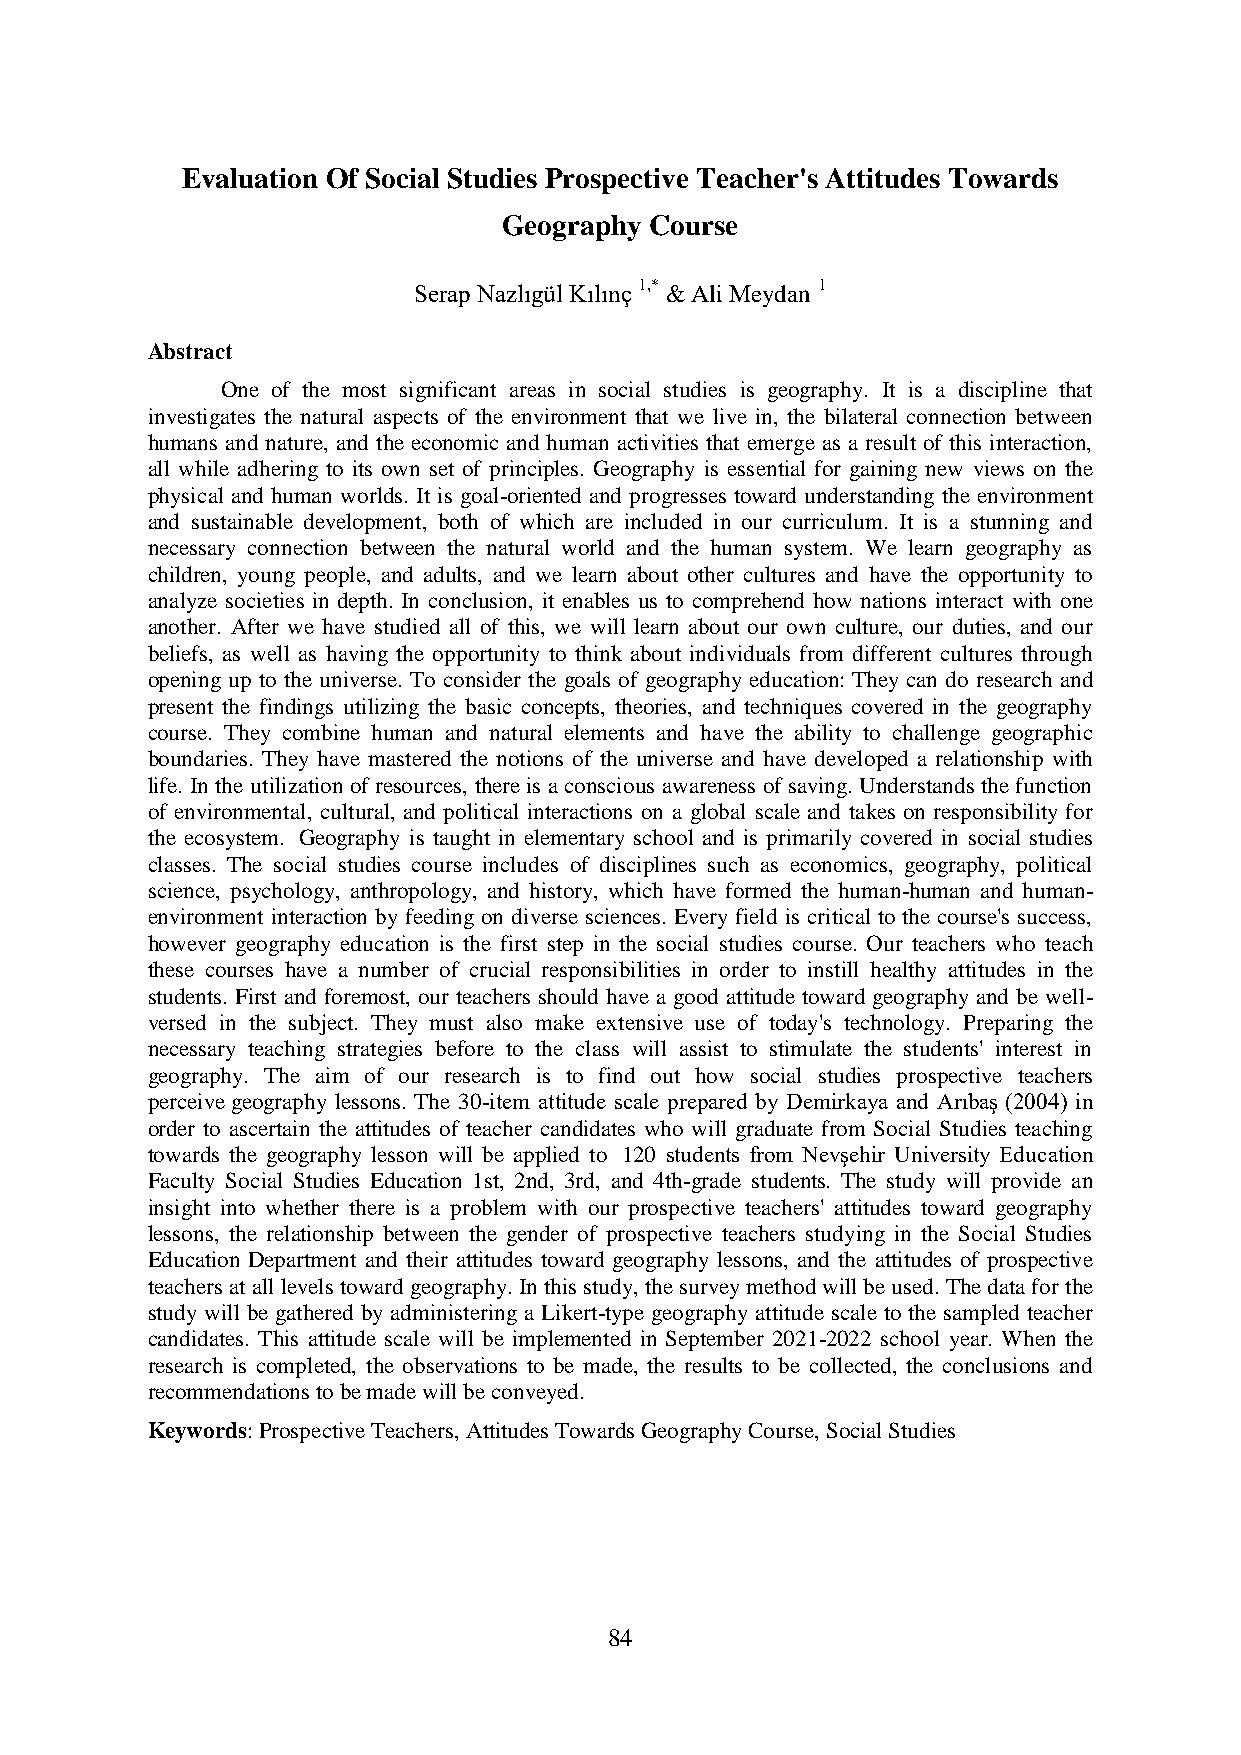
Evaluation Of Social Studies Prospective Teacher's Attitudes Towards
 Geography Course
 Serap Nazlıgül Kılınç 1,* & Ali Meydan 1
 Abstract
 One of the most significant areas in social studies is geography. It is a discipline that
 investigates the natural aspects of the environment that we live in, the bilateral connection between
 humans and nature, and the economic and human activities that emerge as a result of this interaction,
 all while adhering to its own set of principles. Geography is essential for gaining new views on the
 physical and human worlds. It is goal-oriented and progresses toward understanding the environment
 and sustainable development, both of which are included in our curriculum. It is a stunning and
 necessary connection between the natural world and the human system. We learn geography as
 children, young people, and adults, and we learn about other cultures and have the opportunity to
 analyze societies in depth. In conclusion, it enables us to comprehend how nations interact with one
 another. After we have studied all of this, we will learn about our own culture, our duties, and our
 beliefs, as well as having the opportunity to think about individuals from different cultures through
 opening up to the universe. To consider the goals of geography education: They can do research and
 present the findings utilizing the basic concepts, theories, and techniques covered in the geography
 course. They combine human and natural elements and have the ability to challenge geographic
 boundaries. They have mastered the notions of the universe and have developed a relationship with
 life. In the utilization of resources, there is a conscious awareness of saving. Understands the function
 of environmental, cultural, and political interactions on a global scale and takes on responsibility for
 the ecosystem. Geography is taught in elementary school and is primarily covered in social studies
 classes. The social studies course includes of disciplines such as economics, geography, political
 science, psychology, anthropology, and history, which have formed the human-human and human-
 environment interaction by feeding on diverse sciences. Every field is critical to the course's success,
 however geography education is the first step in the social studies course. Our teachers who teach
 these courses have a number of crucial responsibilities in order to instill healthy attitudes in the
 students. First and foremost, our teachers should have a good attitude toward geography and be well-
 versed in the subject. They must also make extensive use of today's technology. Preparing the
 necessary teaching strategies before to the class will assist to stimulate the students' interest in
 geography. The aim of our research is to find out how social studies prospective teachers
 perceive geography lessons. The 30-item attitude scale prepared by Demirkaya and Arıbaş (2004) in
 order to ascertain the attitudes of teacher candidates who will graduate from Social Studies teaching
 towards the geography lesson will be applied to 120 students from Nevşehir University Education
 Faculty Social Studies Education 1st, 2nd, 3rd, and 4th-grade students. The study will provide an
 insight into whether there is a problem with our prospective teachers' attitudes toward geography
 lessons, the relationship between the gender of prospective teachers studying in the Social Studies
 Education Department and their attitudes toward geography lessons, and the attitudes of prospective
 teachers at all levels toward geography. In this study, the survey method will be used. The data for the
 study will be gathered by administering a Likert-type geography attitude scale to the sampled teacher
 candidates. This attitude scale will be implemented in September 2021-2022 school year. When the
 research is completed, the observations to be made, the results to be collected, the conclusions and
 recommendations to be made will be conveyed.
 Keywords: Prospective Teachers, Attitudes Towards Geography Course, Social Studies
 84